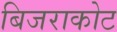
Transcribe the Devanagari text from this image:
बिजराकोट